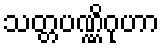
သတ္တပဏ္ဏိဂုဟာ